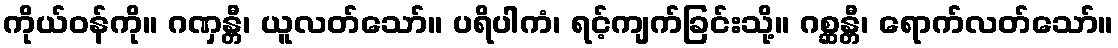
ကိုယ်ဝန်ကို။ ဂဏှန္တီ၊ ယူလတ်သော်။ ပရိပါကံ၊ ရင့်ကျက်ခြင်းသို့။ ဂစ္ဆန္တီ၊ ရောက်လတ်သော်။